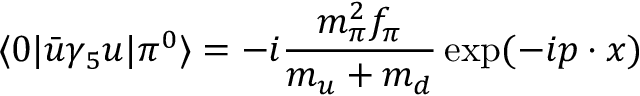
\langle 0 | \bar { u } \gamma _ { 5 } u | \pi ^ { 0 } \rangle = - i { \frac { m _ { \pi } ^ { 2 } f _ { \pi } } { m _ { u } + m _ { d } } } \exp ( - i p \cdot x )